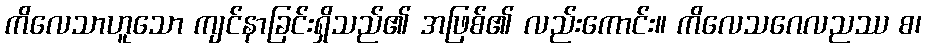
ကိလေသာဟူသော ကျင်နာခြင်းရှိသည်၏ အဖြစ်၏ လည်းကောင်း။ ကိလေသဂေလညဿ စ၊